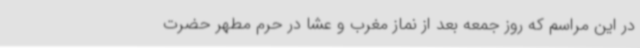
در این مراسم که روز جمعه بعد از نماز مغرب و عشا در حرم مطهر حضرت